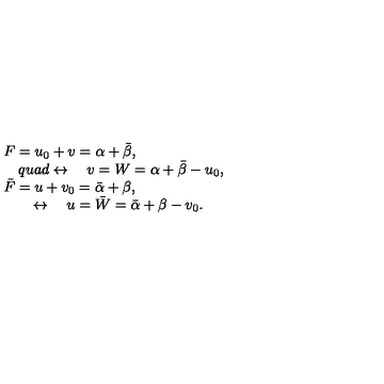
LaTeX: \begin{array} { l } { F = u _ { 0 } + v = \alpha + \bar { \beta } , } \\ { \quad q u a d \leftrightarrow \quad v = W = \alpha + \bar { \beta } - u _ { 0 } , } \\ { \bar { F } = u + v _ { 0 } = \bar { \alpha } + \beta , } \\ { \quad \quad \leftrightarrow \quad u = \bar { W } = \bar { \alpha } + \beta - v _ { 0 } . } \\ \end{array}